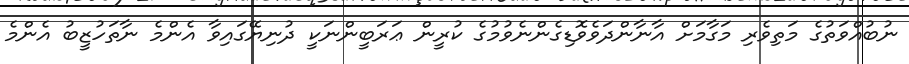
ނުބުއްވަތުގެ މަތިވެރި މަގާމަށް އާނާންދަވެވޮޑިގެންނެވުމުގެ ކުރީން ޢަރަބީންނަކީ ދުނިޔޭގައިވާ އެންމެ ނާތަހުޒީބު އެންމެ